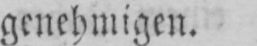
genehmigen.